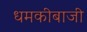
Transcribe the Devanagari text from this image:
धमकीबाजी